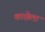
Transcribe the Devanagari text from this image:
काछेला